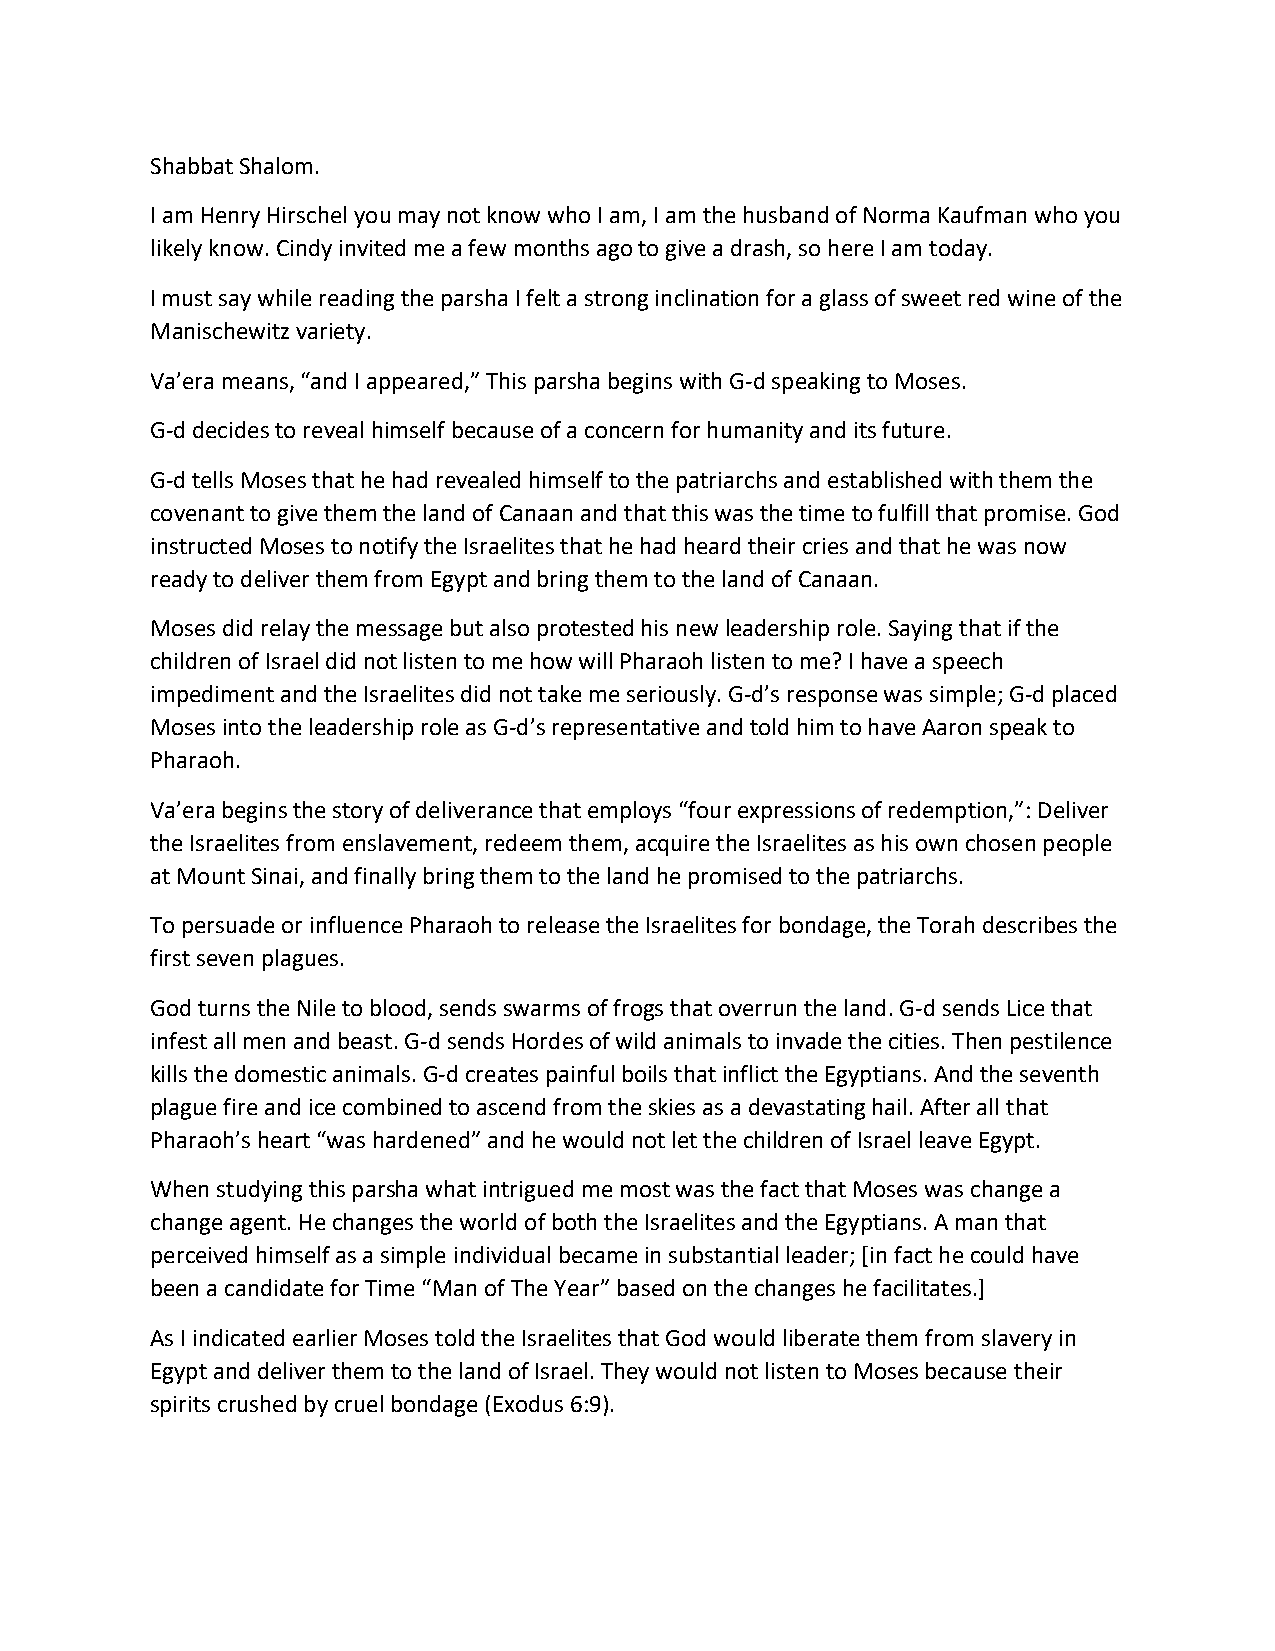
Shabbat Shalom.
 I am Henry Hirschel you may not know who I am, I am the husband of Norma Kaufman who you
 likely know. Cindy invited me a few months ago to give a drash, so here I am today.
 I must say while reading the parsha I felt a strong inclination for a glass of sweet red wine of the
 Manischewitz variety.
 Va’era means, “and I appeared,” This parsha begins with G-d speaking to Moses.
 G-d decides to reveal himself because of a concern for humanity and its future.
 G-d tells Moses that he had revealed himself to the patriarchs and established with them the
 covenant to give them the land of Canaan and that this was the time to fulfill that promise. God
 instructed Moses to notify the Israelites that he had heard their cries and that he was now
 ready to deliver them from Egypt and bring them to the land of Canaan.
 Moses did relay the message but also protested his new leadership role. Saying that if the
 children of Israel did not listen to me how will Pharaoh listen to me? I have a speech
 impediment and the Israelites did not take me seriously. G-d’s response was simple; G-d placed
 Moses into the leadership role as G-d’s representative and told him to have Aaron speak to
 Pharaoh.
 Va’era begins the story of deliverance that employs “four expressions of redemption,”: Deliver
 the Israelites from enslavement, redeem them, acquire the Israelites as his own chosen people
 at Mount Sinai, and finally bring them to the land he promised to the patriarchs.
 To persuade or influence Pharaoh to release the Israelites for bondage, the Torah describes the
 first seven plagues.
 God turns the Nile to blood, sends swarms of frogs that overrun the land. G-d sends Lice that
 infest all men and beast. G-d sends Hordes of wild animals to invade the cities. Then pestilence
 kills the domestic animals. G-d creates painful boils that inflict the Egyptians. And the seventh
 plague fire and ice combined to ascend from the skies as a devastating hail. After all that
 Pharaoh’s heart “was hardened” and he would not let the children of Israel leave Egypt.
 When studying this parsha what intrigued me most was the fact that Moses was change a
 change agent. He changes the world of both the Israelites and the Egyptians. A man that
 perceived himself as a simple individual became in substantial leader; [in fact he could have
 been a candidate for Time “Man of The Year” based on the changes he facilitates.]
 As I indicated earlier Moses told the Israelites that God would liberate them from slavery in
 Egypt and deliver them to the land of Israel. They would not listen to Moses because their
 spirits crushed by cruel bondage (Exodus 6:9).